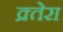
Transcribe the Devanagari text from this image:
क्र्तेरा